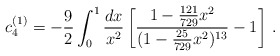
\begin{align*}c_4^{(1)} = -\frac{9}{2} \int_0^1 \frac{dx}{x^2} \left[\frac{1-\frac{121}{729} x^2}{ (1-\frac{25}{729} x^2)^{13}} -1 \right]\,.\end{align*}